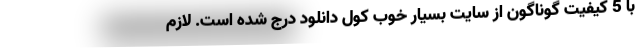
با 5 کیفیت گوناگون از سایت بسیار خوب کول دانلود درج شده است. لازم